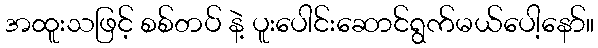
အထူးသဖြင့် စစ်တပ် နဲ့ ပူးပေါင်းဆောင်ရွက်မယ်ပေါ့နော်။